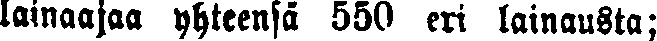
lainaajaa yhteensä 550 eri lainausta;